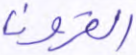
القرون